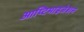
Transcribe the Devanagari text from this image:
आप्टिमाइजेशन